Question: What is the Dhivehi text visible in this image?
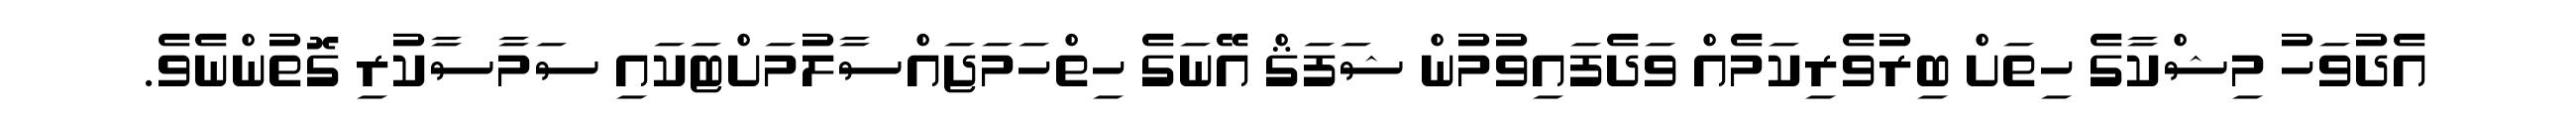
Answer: އެދުވަހު މިޝްކާގެ ހިތަށް ބިރުވެރިކަމެއް ވަދެފައިވުމުން ޝަފަޤް އޭނަގެ ހިތްހަމަޖައްސާލުމަށްޓަކައި ސަމާސާކުރި ގޮތުންނެވެ.